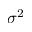
\sigma ^ { 2 }